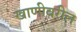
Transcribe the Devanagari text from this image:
खाणीवरील